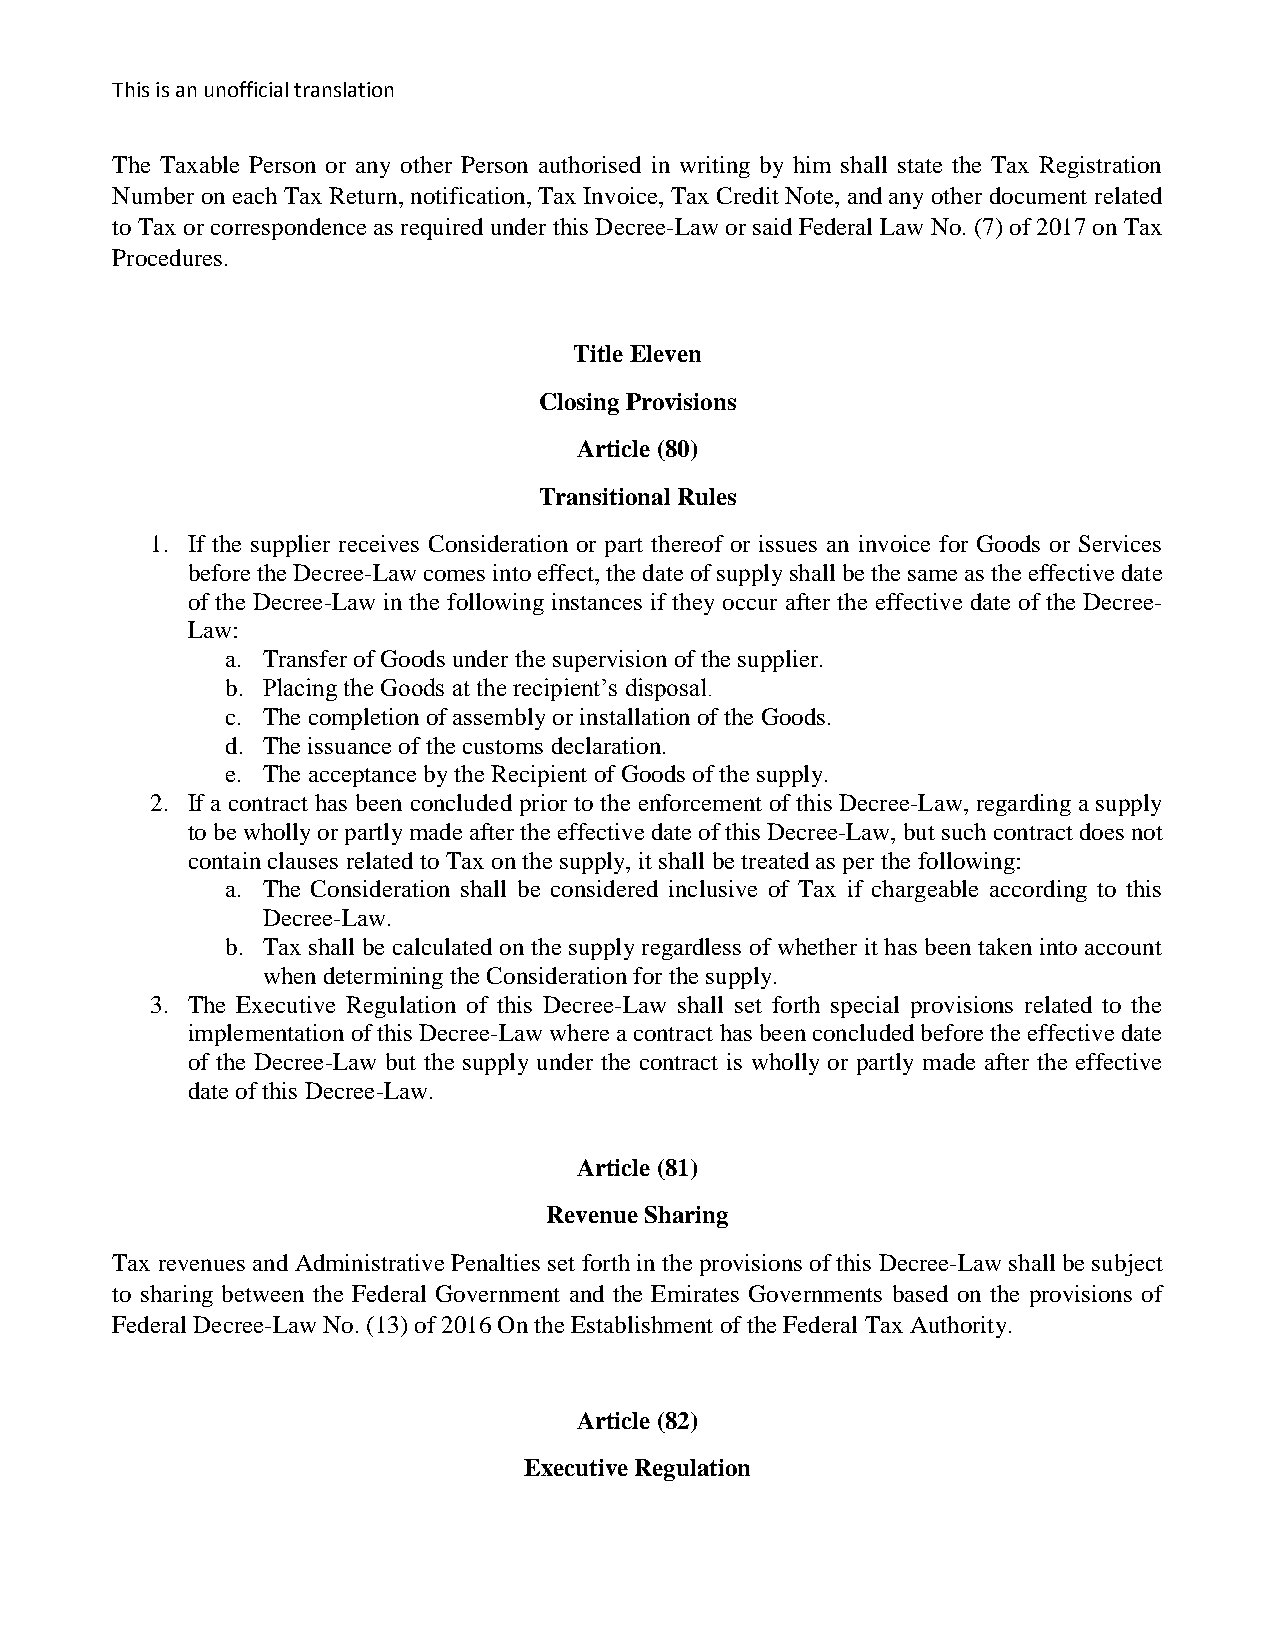
This is an unofficial translation
 The Taxable Person or any other Person authorised in writing by him shall state the Tax Registration
 Number on each Tax Return, notification, Tax Invoice, Tax Credit Note, and any other document related
 to Tax or correspondence as required under this Decree-Law or said Federal Law No. (7) of 2017 on Tax
 Procedures.
 Title Eleven
 Closing Provisions
 Article (80)
 Transitional Rules
 1. If the supplier receives Consideration or part thereof or issues an invoice for Goods or Services
 before the Decree-Law comes into effect, the date of supply shall be the same as the effective date
 of the Decree-Law in the following instances if they occur after the effective date of the Decree-
 Law:
 a. Transfer of Goods under the supervision of the supplier.
 b. Placing the Goods at the recipient’s disposal.
 c. The completion of assembly or installation of the Goods.
 d. The issuance of the customs declaration.
 e. The acceptance by the Recipient of Goods of the supply.
 2. If a contract has been concluded prior to the enforcement of this Decree-Law, regarding a supply
 to be wholly or partly made after the effective date of this Decree-Law, but such contract does not
 contain clauses related to Tax on the supply, it shall be treated as per the following:
 a. The Consideration shall be considered inclusive of Tax if chargeable according to this
 Decree-Law.
 b. Tax shall be calculated on the supply regardless of whether it has been taken into account
 when determining the Consideration for the supply.
 3. The Executive Regulation of this Decree-Law shall set forth special provisions related to the
 implementation of this Decree-Law where a contract has been concluded before the effective date
 of the Decree-Law but the supply under the contract is wholly or partly made after the effective
 date of this Decree-Law.
 Article (81)
 Revenue Sharing
 Tax revenues and Administrative Penalties set forth in the provisions of this Decree-Law shall be subject
 to sharing between the Federal Government and the Emirates Governments based on the provisions of
 Federal Decree-Law No. (13) of 2016 On the Establishment of the Federal Tax Authority.
 Article (82)
 Executive Regulation